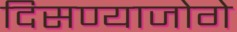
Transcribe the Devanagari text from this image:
दिसण्याजोगे